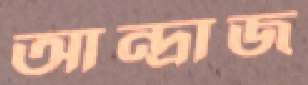
আন্দ্রাজ